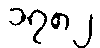
၁၇၈၂